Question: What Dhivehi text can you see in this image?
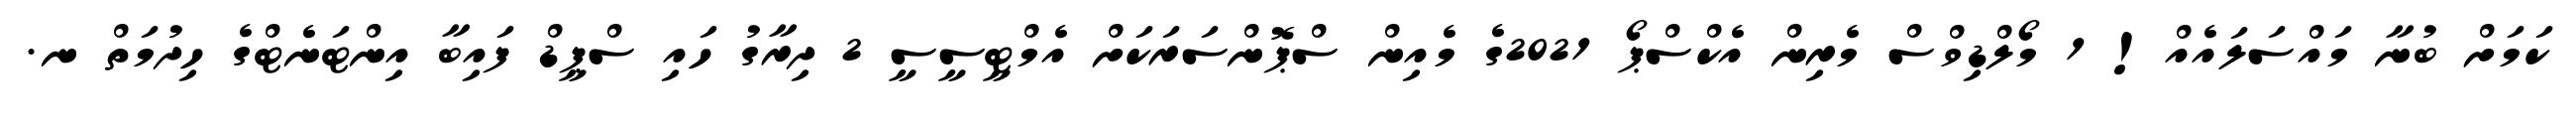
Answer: ކަމަށް ބުނާ މައްސަލައެއް! 1 މޯލްޑިވްސް މެރިން އެކްސްޕޯ 2021ގެ މެއިން ސްޕޮންސަރަކަށް އެމްޓީސީސީ 2 ދިރާގު ހައި ސްޕީޑް ފައިބާ އިންޓަނެޓްގެ ހިދުމަތް ނ.